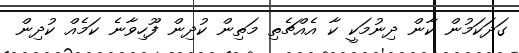
ގަދަކަމުން ކާން ދިނުމަކީ ކާ އެއްޗެތި މަތިން ކުދިން ފޫހިވާނެ ކަމެއް ކުދިން